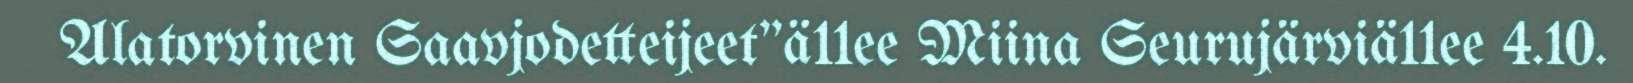
Alatorvinen Saavjodetteijeet"ä11ee Miina Seurujärviä11ee 4.10.